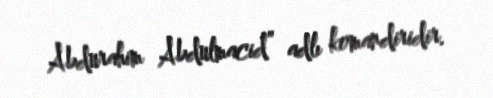
Abdurahim Abdulmacid” adlı komandiridir.